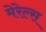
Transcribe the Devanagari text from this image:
मेरेल्स